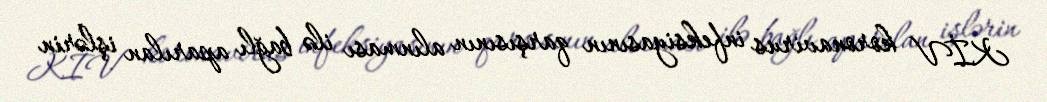
KİV koronavirus infeksiyasının qarşısının alınması ilə bağlı aparılan işlərin